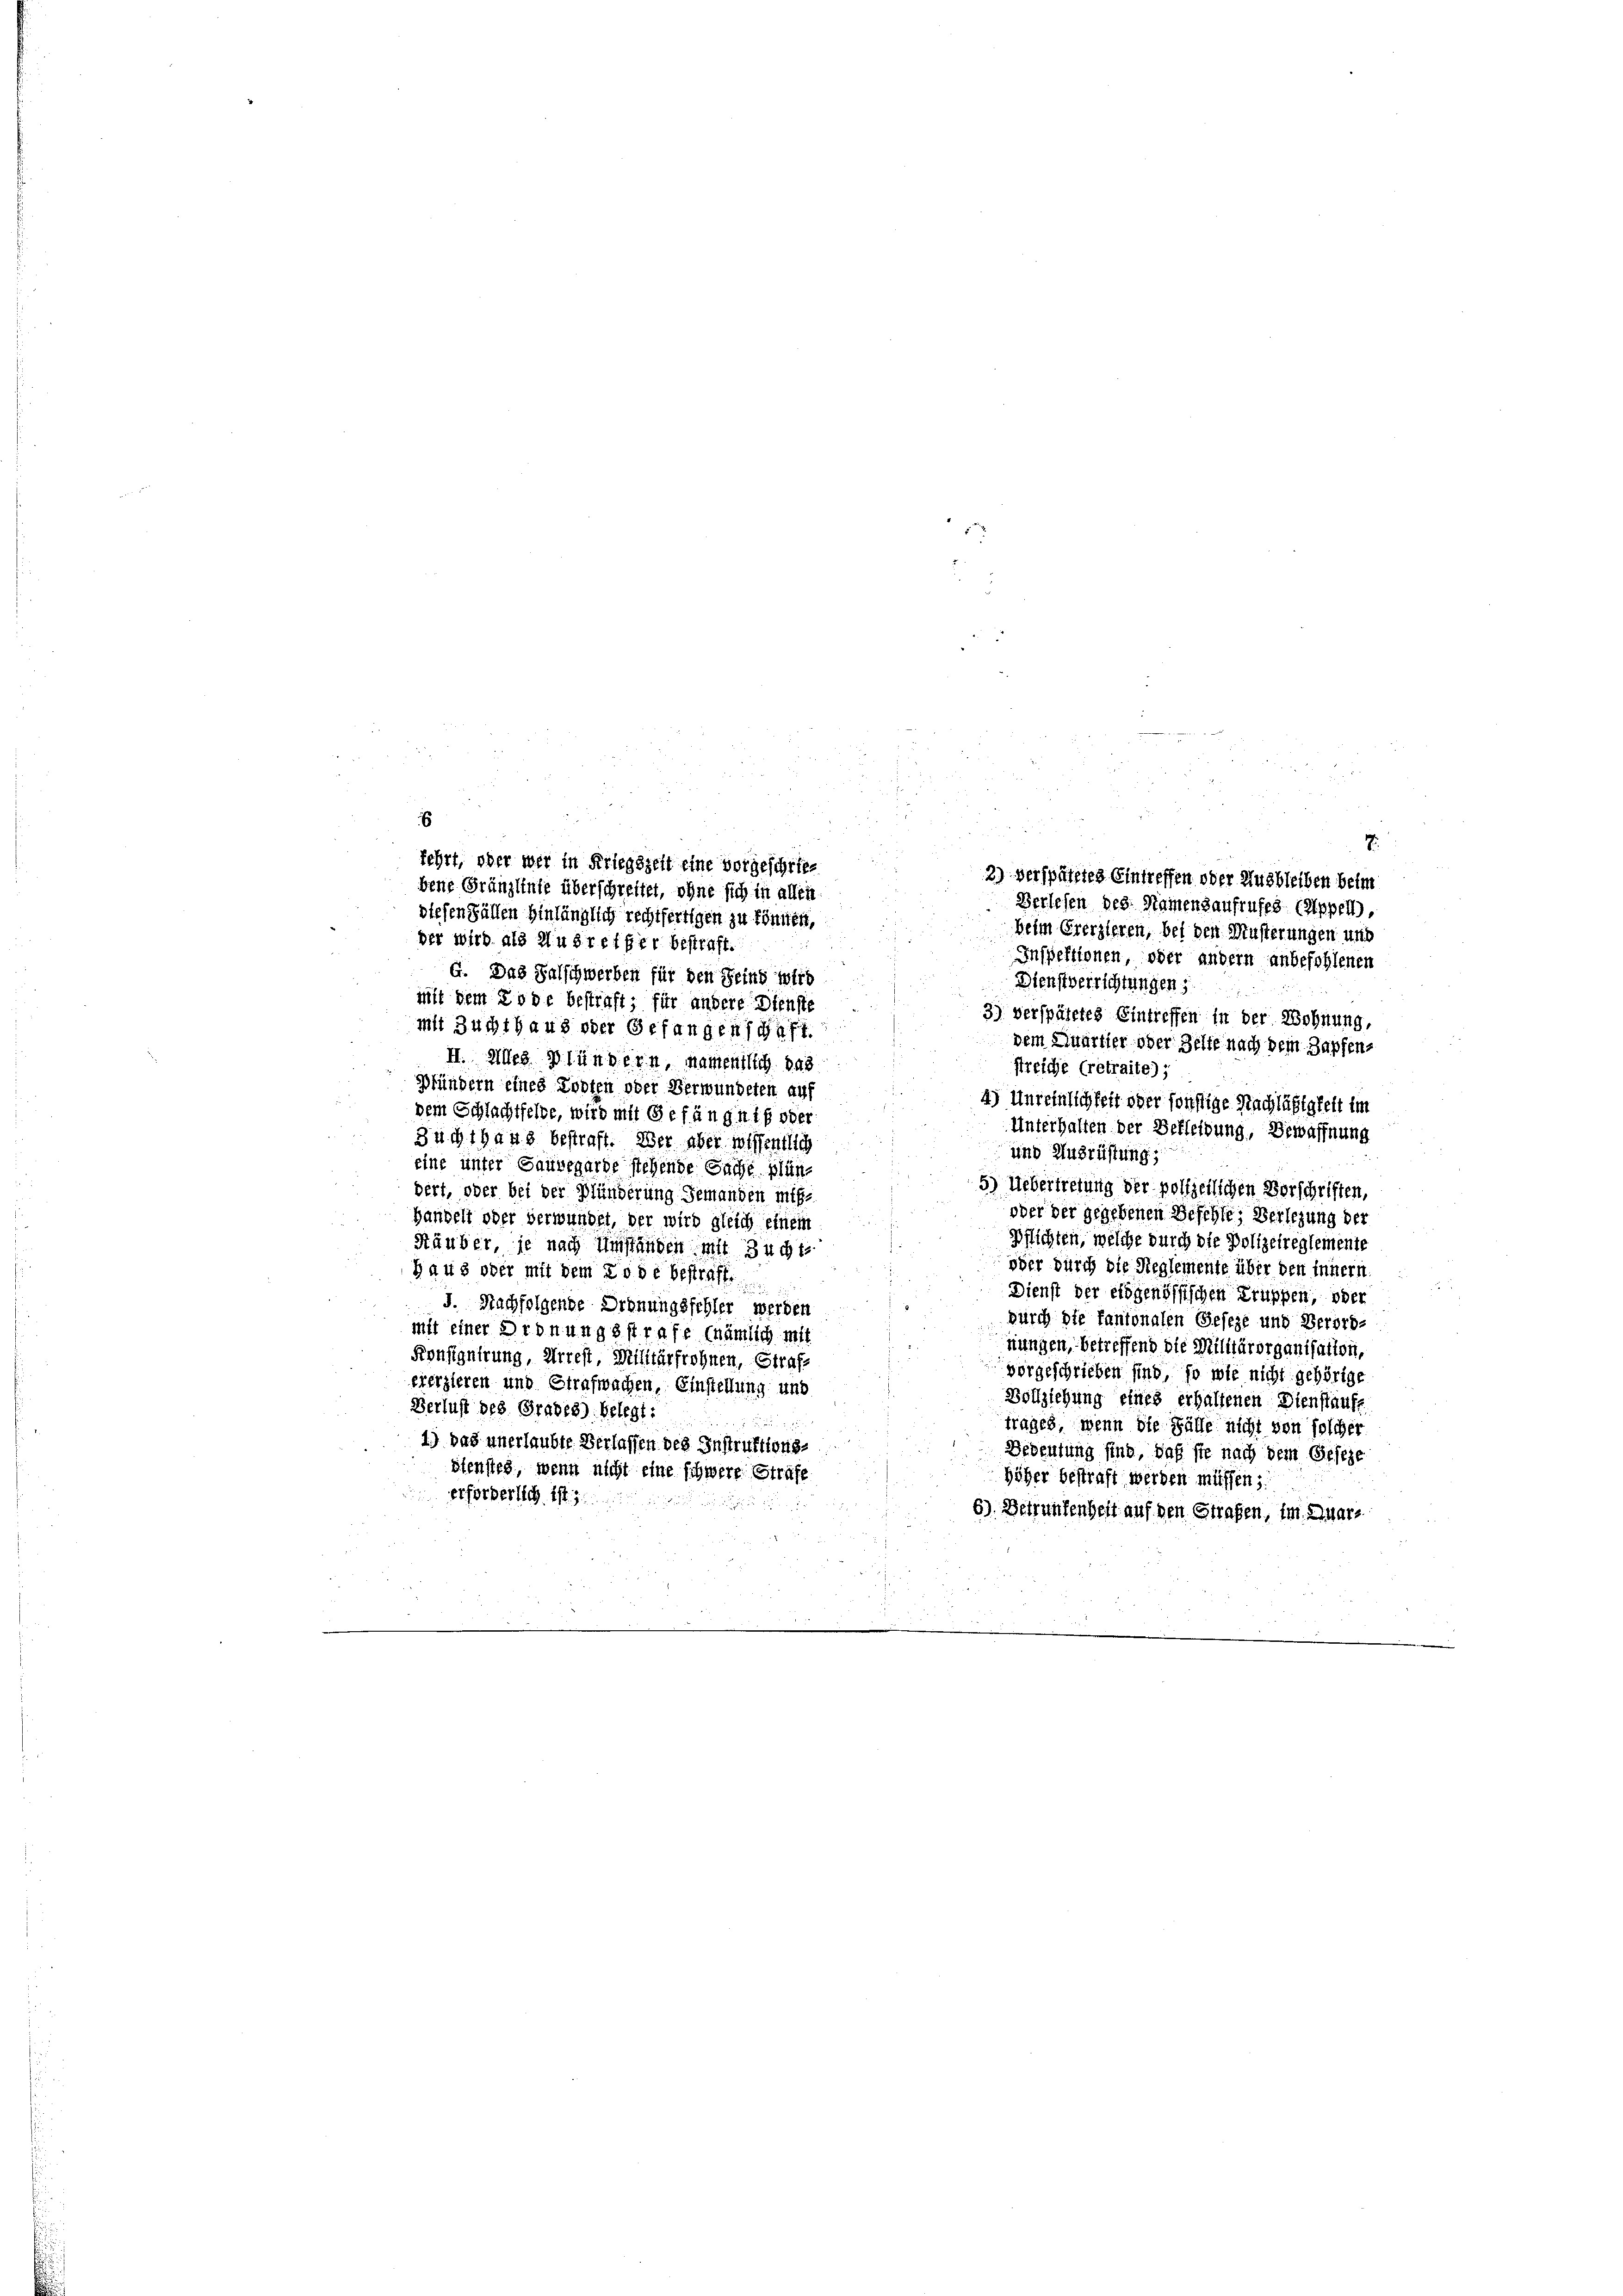
.
6
u
fehrt, oder wer in Kriegszeit eine vorgeschriebene Gränzlinie überschreitet, ohne sich in allen

diesen Fällen hinlänglich rechtfertigen zu können,
Beim Ererzieren, bei den Musterungen und
der wird als Ausreifer bestraft.
Inspektionen, oder andern anbefohlenen
G. Das Salschwerben für den Seins wird
Dienstverrichtungen
.
mit dem Tode bestraft, für andere Dienste
3) verspätetes Eintreffen in der Wohnung,
mit Zuchthaus oder Gefangenschaft.
dem Quartier oder Helfe nach dem Zapfens
II. Alles Plündern, namentlich das
streiche (retraite);
Pfündern eines Kosten oder Verwundeten auf
4) Unreinlichkeit oder sonstige Nachläßigkeit im
dem Schlachtfelde, wird mit Gefängniß oder
Unterhalten der Berleibung, Bewaffnung
Zuchthaus bestraft. Der aber wissentlich
und Ausrüstung;
eine unter Hausegarde stehende Sache plün¬
5) Uebertretung der polijetlichen Vorschriften,
dert, oder bei der Plünderung Jemanden mißober der gegebenen Beschler Verlegung der
Handelt oder verwundet, der wird gleich einem
Pflichten, welche durch die Polizeireglemente
Räuber, je nach Umständen mit Zucht
oder durch die Reglemente über den innern.
Haus oder mit dem Tode bestraffe
.
Dienst der eidgenössischen Truppen, oder
J. Nachfolgende Ordnungsfehler werden
durch die fantonalen Geseze und Verord-
mit einer Ordnungsstrafe (nämlich mit
nungen, betreffend die Militärorganisation,
Konsignirung, Arrest, Militärfrohnen, Strafvorgeschrieben sind, so wie nicht gehörige
ererzieren und Strafwachen, Einstellung und
Vollziehung eines erhaltenen Dienstaufe
Berlust des Grade8) belegt:
trages, wenn die Fälle nicht von solcher
1.) Das unerlaubte Verlassen des Instruktions-
Bedeutung sind, daß sie nach dem Geseze
stensteg, wenn nicht eine schwere Strafe.
höher bestraft werden müssen.
erforderlich ist j

6) Betrunkenheit auf den Strafen, im Quar¬

2) Verspäteres Eintreffen oder Ausbleiben beim
Berlesen des Namensaufrufes (Appell.

7.